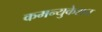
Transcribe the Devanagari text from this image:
कमन्युकेशन